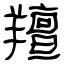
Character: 羶